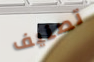
تصنيف